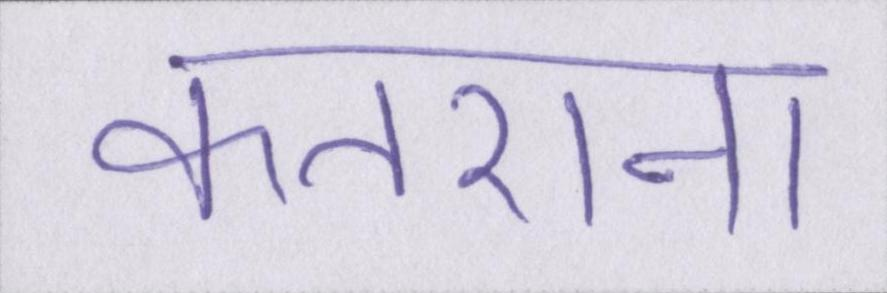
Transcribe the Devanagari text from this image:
कतराना